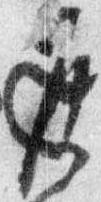
返